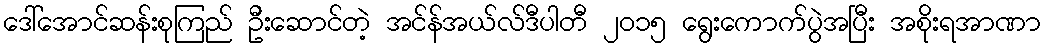
ဒေါ်အောင်ဆန်းစုကြည် ဦးဆောင်တဲ့ အင်န်အယ်လ်ဒီပါတီ ၂၀၁၅ ရွေးကောက်ပွဲအပြီး အစိုးရအာဏာ